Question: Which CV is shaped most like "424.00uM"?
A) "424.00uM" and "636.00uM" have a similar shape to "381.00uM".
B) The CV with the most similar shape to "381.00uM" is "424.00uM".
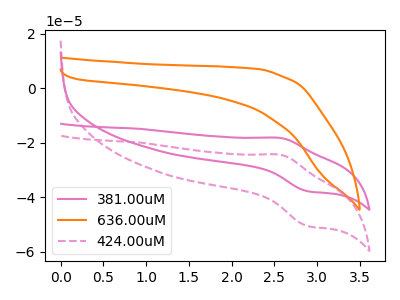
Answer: <think>The pink curve "381.00uM" has an anodic peak at (2.55V, -18.25uA) and a cathodic peak at (2.90V, -37.80uA). The orange curve "636.00uM" has no peaks. The pink dashed curve "424.00uM" has an anodic peak at (2.55V, -24.45uA) and a cathodic peak at (2.90V, -50.55uA).
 "381.00uM" and "636.00uM" have a different number of peaks. All the peaks in "381.00uM" have a peak in "424.00uM" at the same potential. "636.00uM" and "424.00uM" have a different number of peaks.</think>
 <answer>B) The CV with the most similar shape to "381.00uM" is "424.00uM".</answer>
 <eval>B</eval>